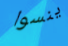
ينسوا